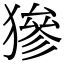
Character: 㺑